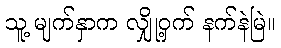
သူ့ မျက်နှာက လျှို့ဝှက် နက်နဲမြဲ။